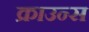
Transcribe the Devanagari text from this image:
क्राउन्स